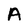
Character: A